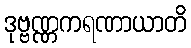
ဒုဗ္ဗဏ္ဏကရဏာယာတိ